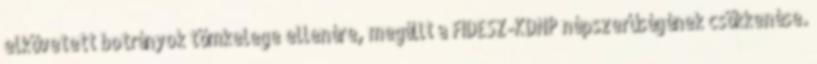
elkövetett botrányok tömkelege ellenére, megállt a FIDESZ-KDNP népszerűségének csökkenése.